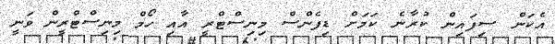
އެކަން ސިފައިން ކުރާނެ ކަމަށް ޑިފެންސް މިނިސްޓްރީ އާއި ހޯމް މިނިސްޓްރީން ވަނީ